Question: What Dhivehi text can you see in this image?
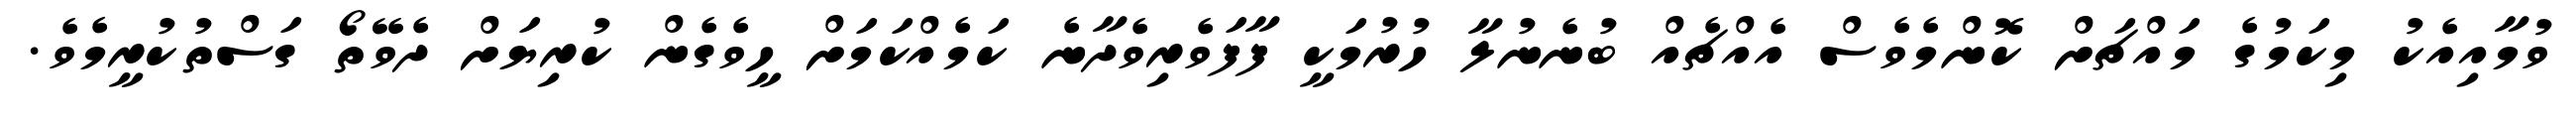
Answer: ވުމާއިއެކު މިކަމުގެ މައްޗަށް ކޮންމެވެސް އެއްޗެއް ބުނެނުލާ ހުރުމަކީ ފާފަވެރިވެދާނެ ކަމެއްކަމަށް ހީވެގެން ކުރިޔަށް ދެވޭތޯ ގަސްތުކުރީމެވެ.